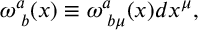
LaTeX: \omega _ { \; b } ^ { a } ( x ) \equiv \omega _ { \; b \mu } ^ { a } ( x ) d x ^ { \mu } ,